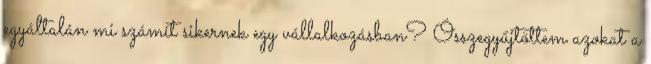
egyáltalán mi számít sikernek egy vállalkozásban? Összegyűjtöttem azokat a